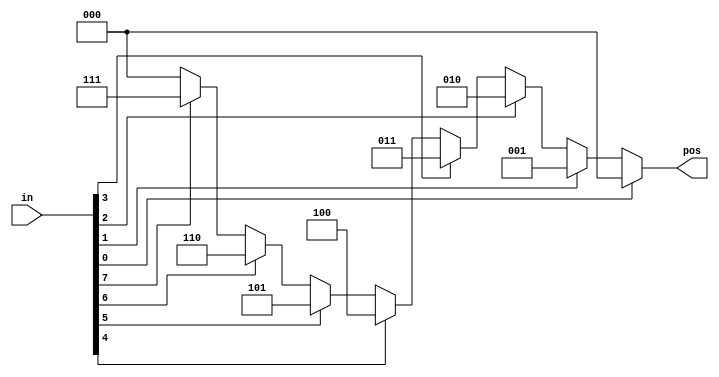
module top_module (
    input  wire [7:0] in,
    output  reg [2:0] pos
);
    always @(*) begin
        casez (in[7:0])                 // casez zz  don't care
            8'bzzzzzzz1: pos = 3'd0;    // 
            8'bzzzzzz1z: pos = 3'd1;
            8'bzzzzz1zz: pos = 3'd2;
            8'bzzzz1zzz: pos = 3'd3;
            8'bzzz1zzzz: pos = 3'd4;
            8'bzz1zzzzz: pos = 3'd5;
            8'bz1zzzzzz: pos = 3'd6;
            8'b1zzzzzzz: pos = 3'd7;
            default: pos = 3'd0;
        endcase
    end
endmodule